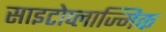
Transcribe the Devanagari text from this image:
साइटोप्लाज्मिक